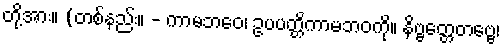
တို့အား။ (တစ်နည်း။ - ကာမဘဝေ၊ ဥပပတ္တိကာမဘဝကို။ နိဗ္ဗတ္တေတဗ္ဗေ၊